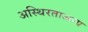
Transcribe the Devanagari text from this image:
अस्थिरताअन्य